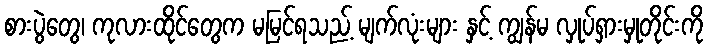
စားပွဲတွေ၊ ကုလားထိုင်တွေက မမြင်ရသည့် မျက်လုံးများ နှင့် ကျွန်မ လှုပ်ရှားမှုတိုင်းကို